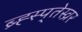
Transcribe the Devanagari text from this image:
ब्र्ह्स्प्तेस्व्रर